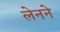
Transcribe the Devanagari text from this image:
लेनने